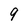
Character: 9